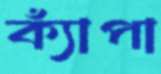
ক্যাঁপা